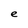
Character: e